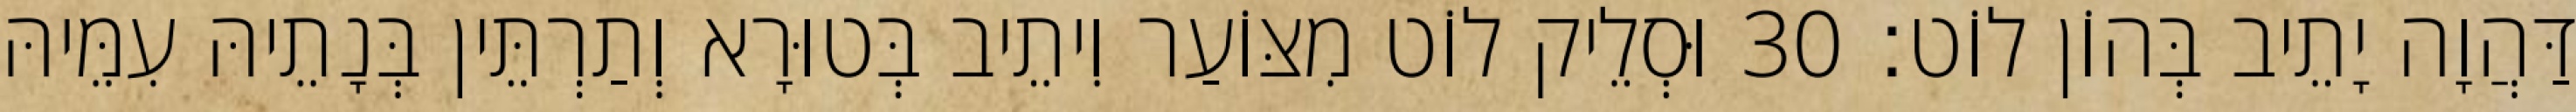
דַּהֲוָה יָתֵיב בְּהוֹן לוֹט׃ 30 וּסְלֵיק לוֹט מִצּוֹעַר וִיתֵיב בְּטוּרָא וְתַרְתֵּין בְּנָתֵיהּ עִמֵּיהּ